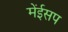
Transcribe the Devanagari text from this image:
मेंईसप